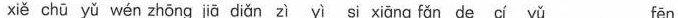
xié chū yǔ wén zhöng jiā diǎn zì yìsi xiāng fän de cí yǔ fen